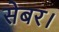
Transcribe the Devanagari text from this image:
सेबर।